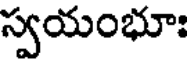
స్వయంభూః